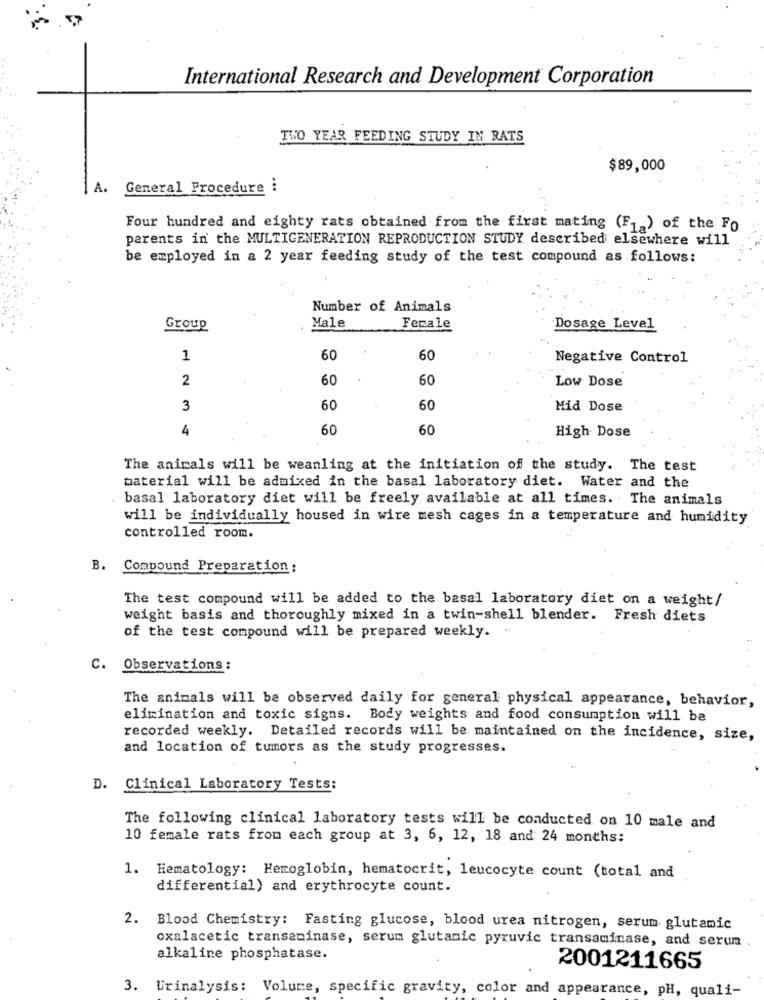
International Research and Development Corporation
TWO YEAR FEEDING STUDY IN RATS
$89,000
A.
General Procedure i
Four hundred and eighty rats obtained from the first mating (F. ) of the Fo
parents in the MULTIGENERATION REPRODUCTION STUDY described elsewhere will
be employed in a 2 year feeding study of the test compound as follows:
Number of Animals
Group
Male
Female
Dosage Level
1
60
60
Negative Control
2
60
60
Low Dose
3
60
60
Mid Dose
4
60
60
High Dose
The animals will be weanling at the initiation of the study. The test
material will be admixed in the basal laboratory diet. Water and the
basal laboratory diet will be freely available at all times. The animals
will be individually housed in wire mesh cages in a temperature and humidity
controlled room.
B. Compound Preparation :
The test compound will be added to the basal laboratory diet on a weight/
weight basis and thoroughly mixed in a twin-shell blender. Fresh diets
of the test compound will be prepared weekly.
C. Observations :
The animals will be observed daily for general physical appearance, behavior,
elimination and toxic signs. Body weights and food consumption will be
recorded weekly. Detailed records will be maintained on the incidence, size,
and location of tumors as the study progresses.
D. Clinical Laboratory Tests:
The following clinical laboratory tests will be conducted on 10 male and
10 female rats from each group at 3, 6, 12, 18 and 24 months:
1. Hematology: Hemoglobin, hematocrit, leucocyte count (total and
differential) and erythrocyte count.
2. Blood Chemistry: Fasting glucose, blood urea nitrogen, serum glutamic
oxalacetic transaminase, serum glutamic pyruvic transaminase, and serun
alkaline phosphatase.
2001211665
3. Urinalysis: Volume, specific gravity, color and appearance, pH, quali-